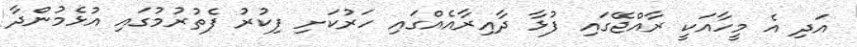
އަދި އެ މީހާއަކީ ރާއްޖޭގައި ފުޅާ ދާއިރާއެއްގައި ހަރުކަށި ފިކުރު ފެތުރުމުގައި އުޅެމުންދާ